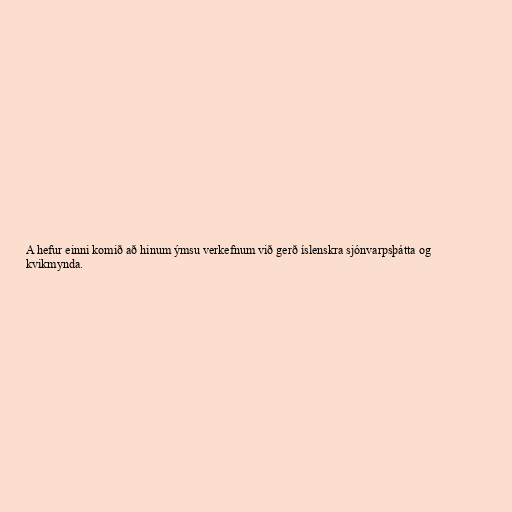
A hefur einni komið að hinum ýmsu verkefnum við gerð íslenskra sjónvarpsþátta og
kvikmynda.